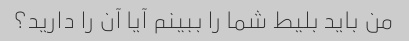
من باید بلیط شما را ببینم آیا آن را دارید؟